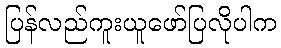
ပြန်လည်ကူးယူဖော်ပြလိုပါက